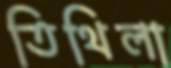
তিথিলা